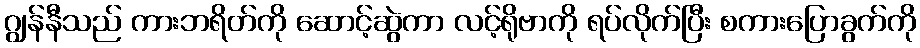
ဂျွန်နီသည် ကားဘရိတ်ကို ဆောင့်ဆွဲကာ လင့်ရိုဗာကို ရပ်လိုက်ပြီး စကားပြောခွက်ကို